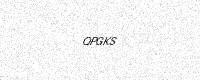
Text: QPGKS